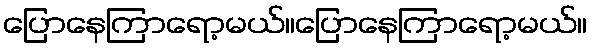
ပြောနေကြာရော့မယ်။ပြောနေကြာရော့မယ်။